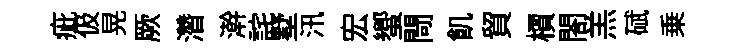
疵伋晃厥濳澣詫墅汛宏蠁閜飢貿檟閤羔碔乗